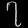
Digit: ၇